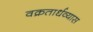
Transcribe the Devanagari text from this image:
वक्रतार्धव्यास